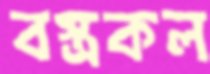
বস্ত্রকল